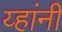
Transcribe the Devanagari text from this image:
य्हांनी